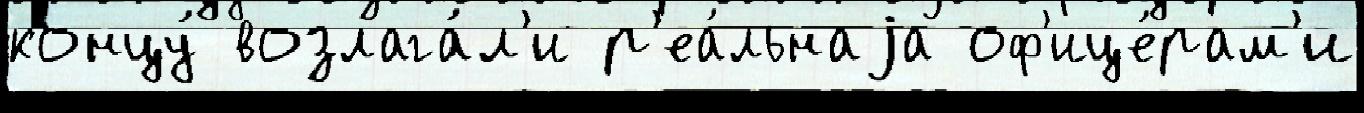
концу́ возлага́л'и р'еа́льнаjа оф'ице́рам'и